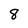
Character: 8